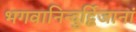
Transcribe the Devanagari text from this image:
भगवानिन्दुर्द्विजानां